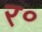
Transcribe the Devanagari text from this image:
र॰